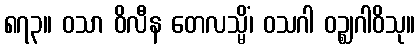
၈၇၃။ ဝသာ ဝိလီန တေလသ္မိံ၊ ဝသဂါ ဝဉ္ဈဂါဝိသု။